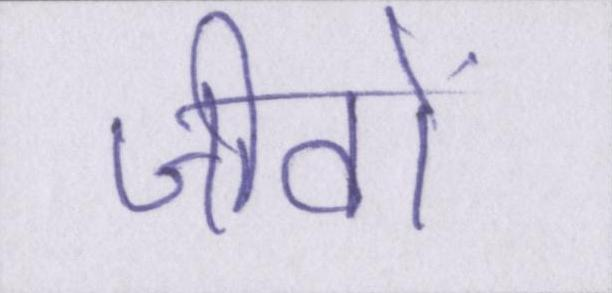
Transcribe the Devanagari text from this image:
जीवों